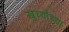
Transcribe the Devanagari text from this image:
खुर्च्यांच्या